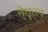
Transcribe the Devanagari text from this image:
ने्तॄत्त्व